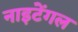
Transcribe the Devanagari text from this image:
नाइटेंगल